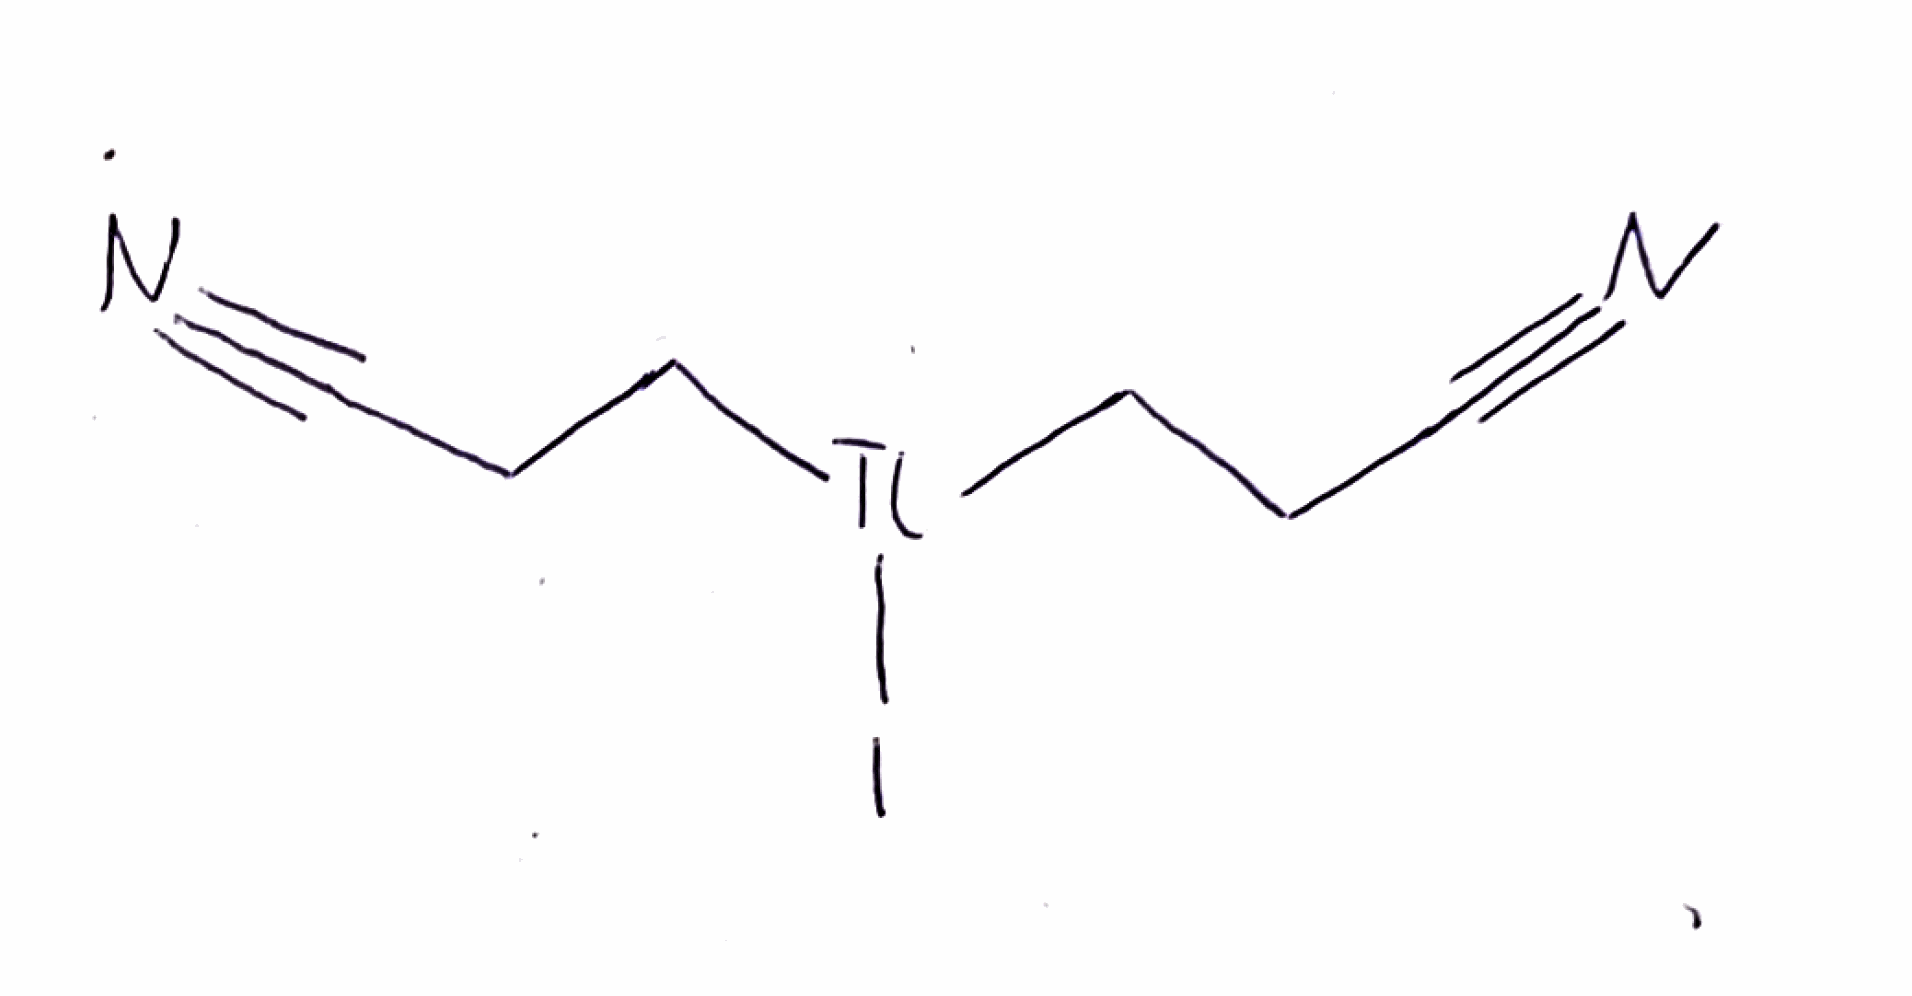
Simplified molecular-input line-entry system (SMILES) notation of the given molecule:
C(C[Tl](CCC#N)I)C#N